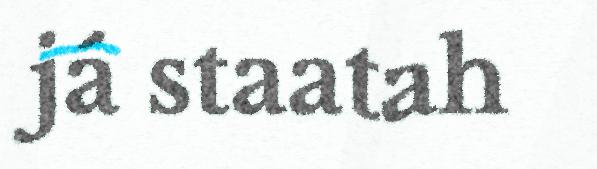
já staatah